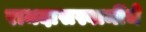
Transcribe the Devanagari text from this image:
रामदासस्वामींचे